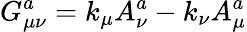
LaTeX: G_{\mu\nu}^{a}=k_{\mu}A_{\nu}^{a}-k_{\nu}A_{\mu}^{a}